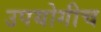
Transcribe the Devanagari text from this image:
उपयोगीच